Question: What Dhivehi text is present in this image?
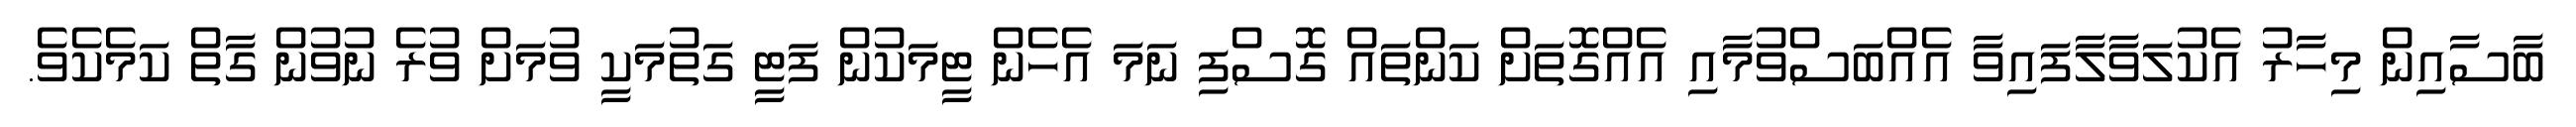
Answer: ބާސާއިން މިހާރު އެކުލަވާލާފައިވާ އެއްބަސްވުމާއި އެއްގޮތަށް ކަންތައް ގޮސްފި ނަމަ އެހެން ޓީމަކުން ފަޓީ ގަތުމަކީ ވުމަށް ވުރެ ނުވުން ގާތް ކަމެކެވެ.